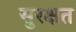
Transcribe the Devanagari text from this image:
सुरक्षत